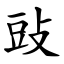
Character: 䜴